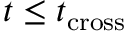
t \leq t _ { \mathrm { c r o s s } }